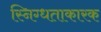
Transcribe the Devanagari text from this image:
स्निग्धताकारक